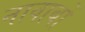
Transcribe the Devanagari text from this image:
नावाबों